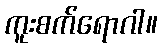
ကူးစက်ရောဂါ။